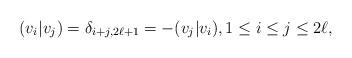
LaTeX: \begin{align*}(v_i|v_j) = \delta_{i+j,2\ell + 1} = -(v_j|v_i), 1 \leq i \leq j \leq 2\ell,\end{align*}